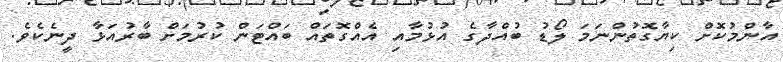
އާންމުކޮށް ކިޔާގޮތުންނަމަ ލޯޑު ބުއްދާގެ އުޅުމާއި އެއްގޮތައް ބައްޓަން ކުރުމަށް ބާރުއަޅާ ދީނެކެވެ.